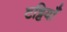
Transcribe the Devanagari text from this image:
टट्टियाँ